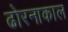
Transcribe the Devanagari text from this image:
ढोरनाकाल